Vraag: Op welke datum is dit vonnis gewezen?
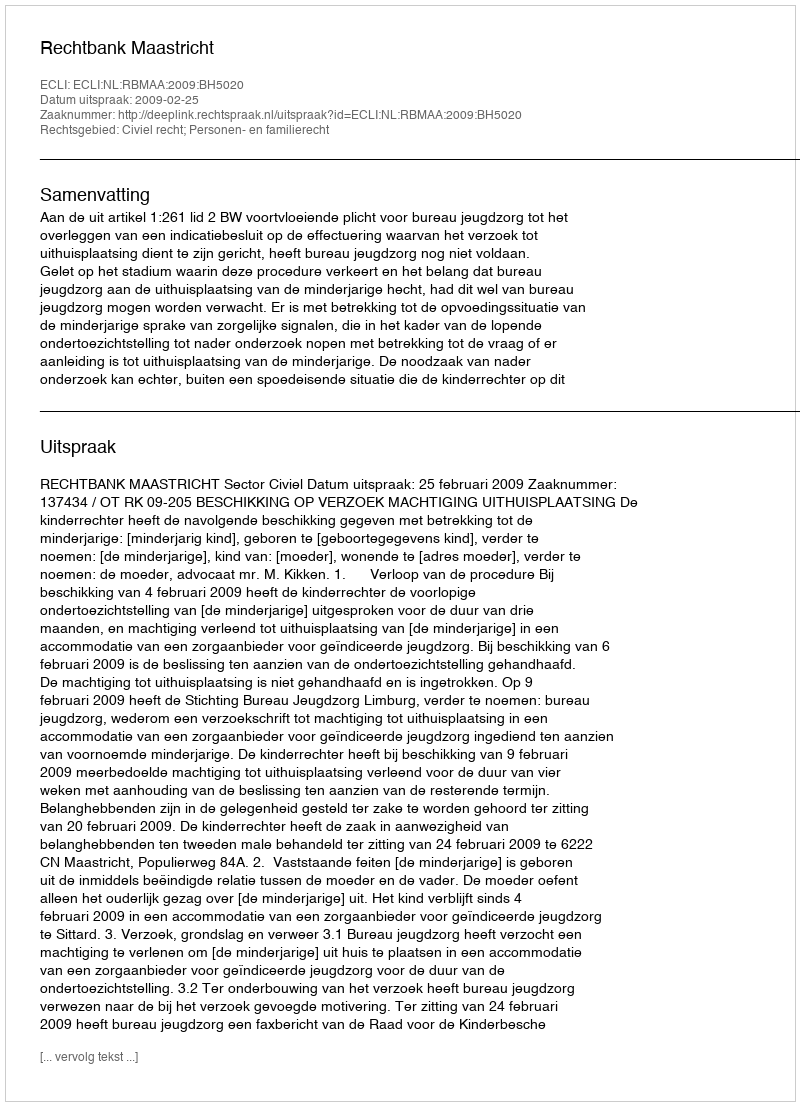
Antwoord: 2009-02-25